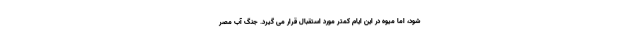
شود، اما میوه در این ایام کمتر مورد استقبال قرار می گیرد. جنگ آب مصر